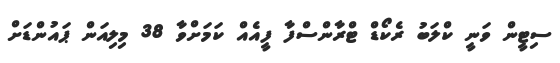
ސިޓީން ވަނީ ކްލަބު ރެކޯޑް ޓްރާންސްފާ ފީއެއް ކަމަށްވާ 38 މިލިއަން ޕައުންޑަށް